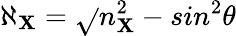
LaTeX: \aleph_{\mathbf{X}}=\sqrt{}{{n_{\mathbf{X}}^{2}-sin^{2}\theta}}